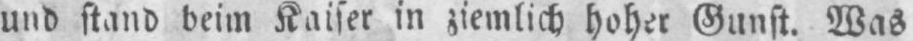
und stand beim Kaiser in ziemlich hoher Gunst. Was